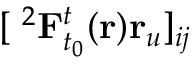
[ \mathbf { \nabla } ^ { 2 } \mathbf { F } _ { t _ { 0 } } ^ { t } ( \mathbf { r } ) \mathbf { r } _ { u } ] _ { i j }